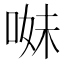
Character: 𠵈